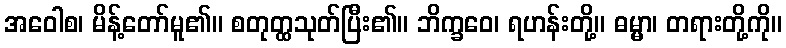
အဝေါစ၊ မိန့်တော်မူ၏။ စတုတ္ထသုတ်ပြီး၏။ ဘိက္ခဝေ၊ ရဟန်းတို့။ ဓမ္မာ၊ တရားတို့ကို။